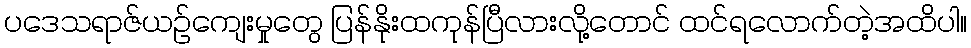
ပဒေသရာဇ်ယဉ်ကျေးမှုတွေ ပြန်နိုးထကုန်ပြီလားလို့တောင် ထင်ရလောက်တဲ့အထိပါ။